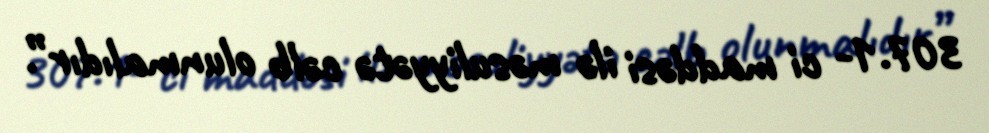
307.1- ci maddəsi ilə məsuliyyətə cəlb olunmalıdır”.